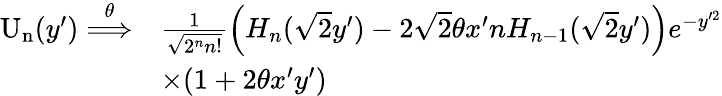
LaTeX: \begin{array}{rl}{\mathrm{U_{n}}(y^{\prime})\overset{\theta}{\Longrightarrow}}&{\frac{1}{\sqrt{2^{n}n!}}\left(H_{n}(\sqrt{2}y^{\prime})-2\sqrt{2}\theta x^{\prime}nH_{n-1}(\sqrt{2}y^{\prime})\right)e^{-y^{\prime 2}}}\\ &{\times(1+2\theta x^{\prime}y^{\prime})}\end{array}